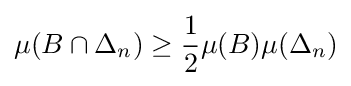
\mu (B\cap \Delta _{n})\geq {\frac {1}{2}}\mu (B)\mu (\Delta _{n})